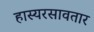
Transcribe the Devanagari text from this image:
हास्यरसावतार